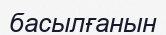
басылғанын